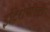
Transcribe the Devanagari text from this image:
इटिरोपेरिटी